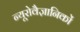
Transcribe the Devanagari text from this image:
न्यूरोवैज्ञानिकों